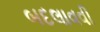
બદલાવવી